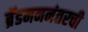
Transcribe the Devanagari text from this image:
ब्रॅडमननंतरची